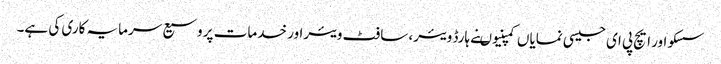
سسکو اور ایچ پی ای جیسی نمایاں کمپنیوںنے ہارڈ ویئر، سافٹ ویئراور خدمات پر وسیع سرمایہ کاری کی ہے۔